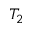
T _ { 2 }